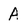
Character: A